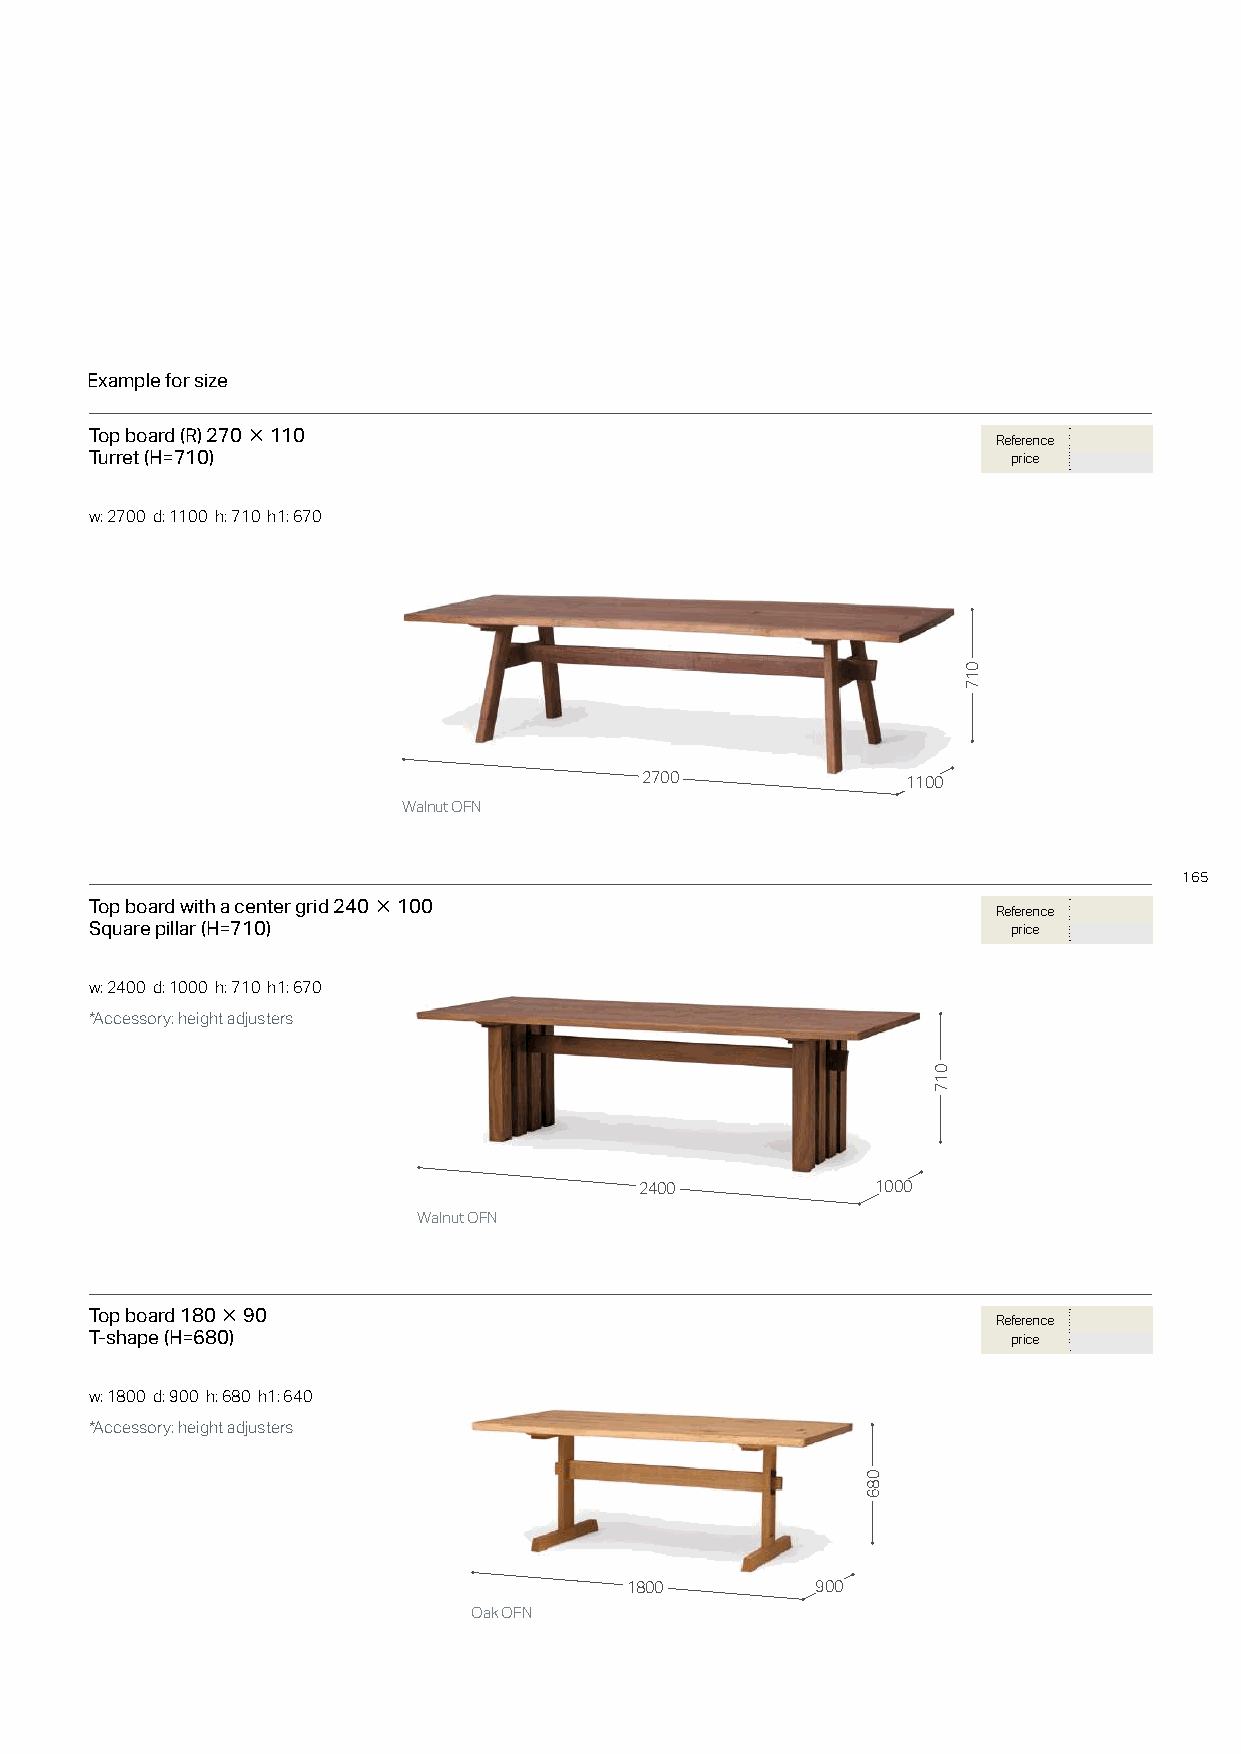
Example for size
 Top board (R) 270×110                                       Reference
 Turret (H=710)                                               price
 w: 2700 d: 1100 h: 710 h1: 670
 2700              1100
 Walnut OFN
 165
 Top board with a center grid 240×100                        Reference
 Square pillar (H=710)                                        price
 w: 2400 d: 1000 h: 710 h1: 670
 *Accessory: height adjusters
 2400            1000
 Walnut OFN
 Top board 180×90                                            Reference
 T-shape (H=680)                                              price
 w: 1800 d: 900 h: 680 h1: 640
 *Accessory: height adjusters
 1800         900
 Oak OFN
 086
 017
 017